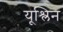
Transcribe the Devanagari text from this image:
यूश्लिन